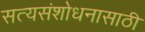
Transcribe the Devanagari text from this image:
सत्यसंशोधनासाठी